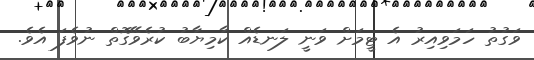
ވަގުތު ހަމަވިއިރު އެ ޓީމަށް ވަނީ ލަނޑެއް ކާމިޔާބު ކުރެވޭގޮތް ނުވެފަ އެވެ.